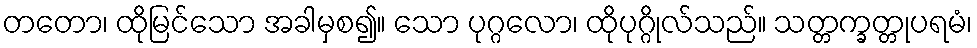
တတော၊ ထိုမြင်သော အခါမှစ၍။ သော ပုဂ္ဂလော၊ ထိုပုဂ္ဂိုလ်သည်။ သတ္တက္ခတ္တုပရမံ၊